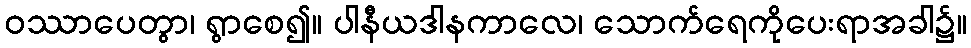
ဝဿာပေတွာ၊ ရွာစေ၍။ ပါနီယဒါနကာလေ၊ သောက်ရေကိုပေးရာအခါ၌။